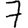
Digit: 7